Investigations on Bengal jail dietaries - Number 37
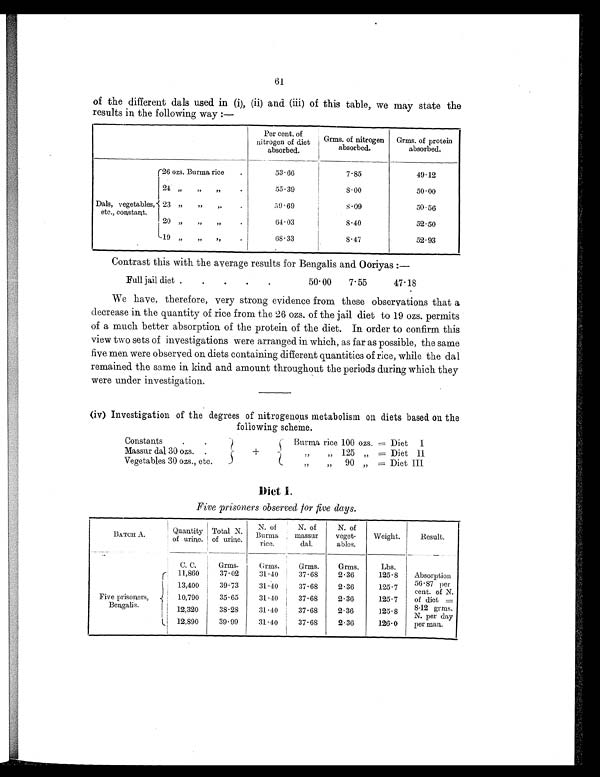
61
of the different dals used in (i), (ii) and (iii) of this table, we may state the
results in the following way :—
Per cent. of
nitrogen of diet
absorbed.
Grms. of nitrogen
absorbed.
Grms. of protein
absorbed.
Dals, vegetables,
etc., constant.
26 ozs. Burma rice
.
53.66
7.85
49.12
24
„
„
„ .
55.39
8.00
50.00
23 ,,
,,
„
.
59.69
8.09
50.56
20 „
„
„
.
64.03
8.40
52.50
19 „
„
,,
.
68.33
8.47
52.93
Contrast this with the average results for Bengalis and Ooriyas:—
Full jail diet .
.
.
.
.
50.00
7.55
47.18
We have, therefore, very strong evidence from these observations that a
decrease in the quantity of rice from the 26 ozs. of the jail diet to 19 ozs. permits
of a much better absorption of the protein of the diet. In order to confirm this
view two sets of investigations were arranged in which, as far as possible, the same
five men were observed on diets containing different quantities of rice, while the dal
remained the same in kind and amount throughout the periods during which they
were under investigation.
(iv) Investigation of the degrees of nitrogenous metabolism on diets based on the
following scheme.
Constants
.
.
Burma rice 100 ozs. =Diet I
Massur dal 30 ozs. .
+
„
„ 125 „ =Diet
I I
Vegetables 30 ozs., etc
„
„ 90 „ =Diet III
Diet I.
Five prisoners observed for five days.
BATCH A.
Quantity
of urine.
Total N.
of urine.
N. of
Burma
rice.
N. of
massur
dal.
N. of
veget-
ables.
Weight.
Result.
C. C.
Grms.
Grms.
Grms.
Grms.
Lbs.
Five prisoners,
Bengalis.
11, 860
37.02
31.40
37.68
2.36
125.8
Absorption
56.87 per
cent. of N.
of diet =
8.12 grms.
N. per day
per man.
13,400
39.73
31.40
37.68
2.36
125.7
10,790
35.65
31.40
37.68
2.36
125.7
12,320
38.28
31.40
37.68
2.36
125.8
12,890
39.99
31.40
37.68
2.36
126.0